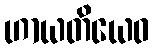
ဟာယတိယေဝ